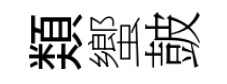
𩔖蠁皷